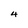
Character: 4